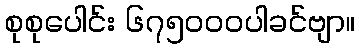
စုစုပေါင်း ၆၇၅၀၀၀ပါခင်ဗျာ။